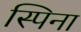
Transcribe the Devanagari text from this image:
स्पिना